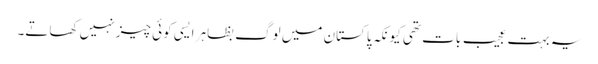
یہ بہت عجیب بات تھی کیونکہ پاکستان میں لوگ بظاہر ایسی کوئی چیز نہیں کھاتے۔